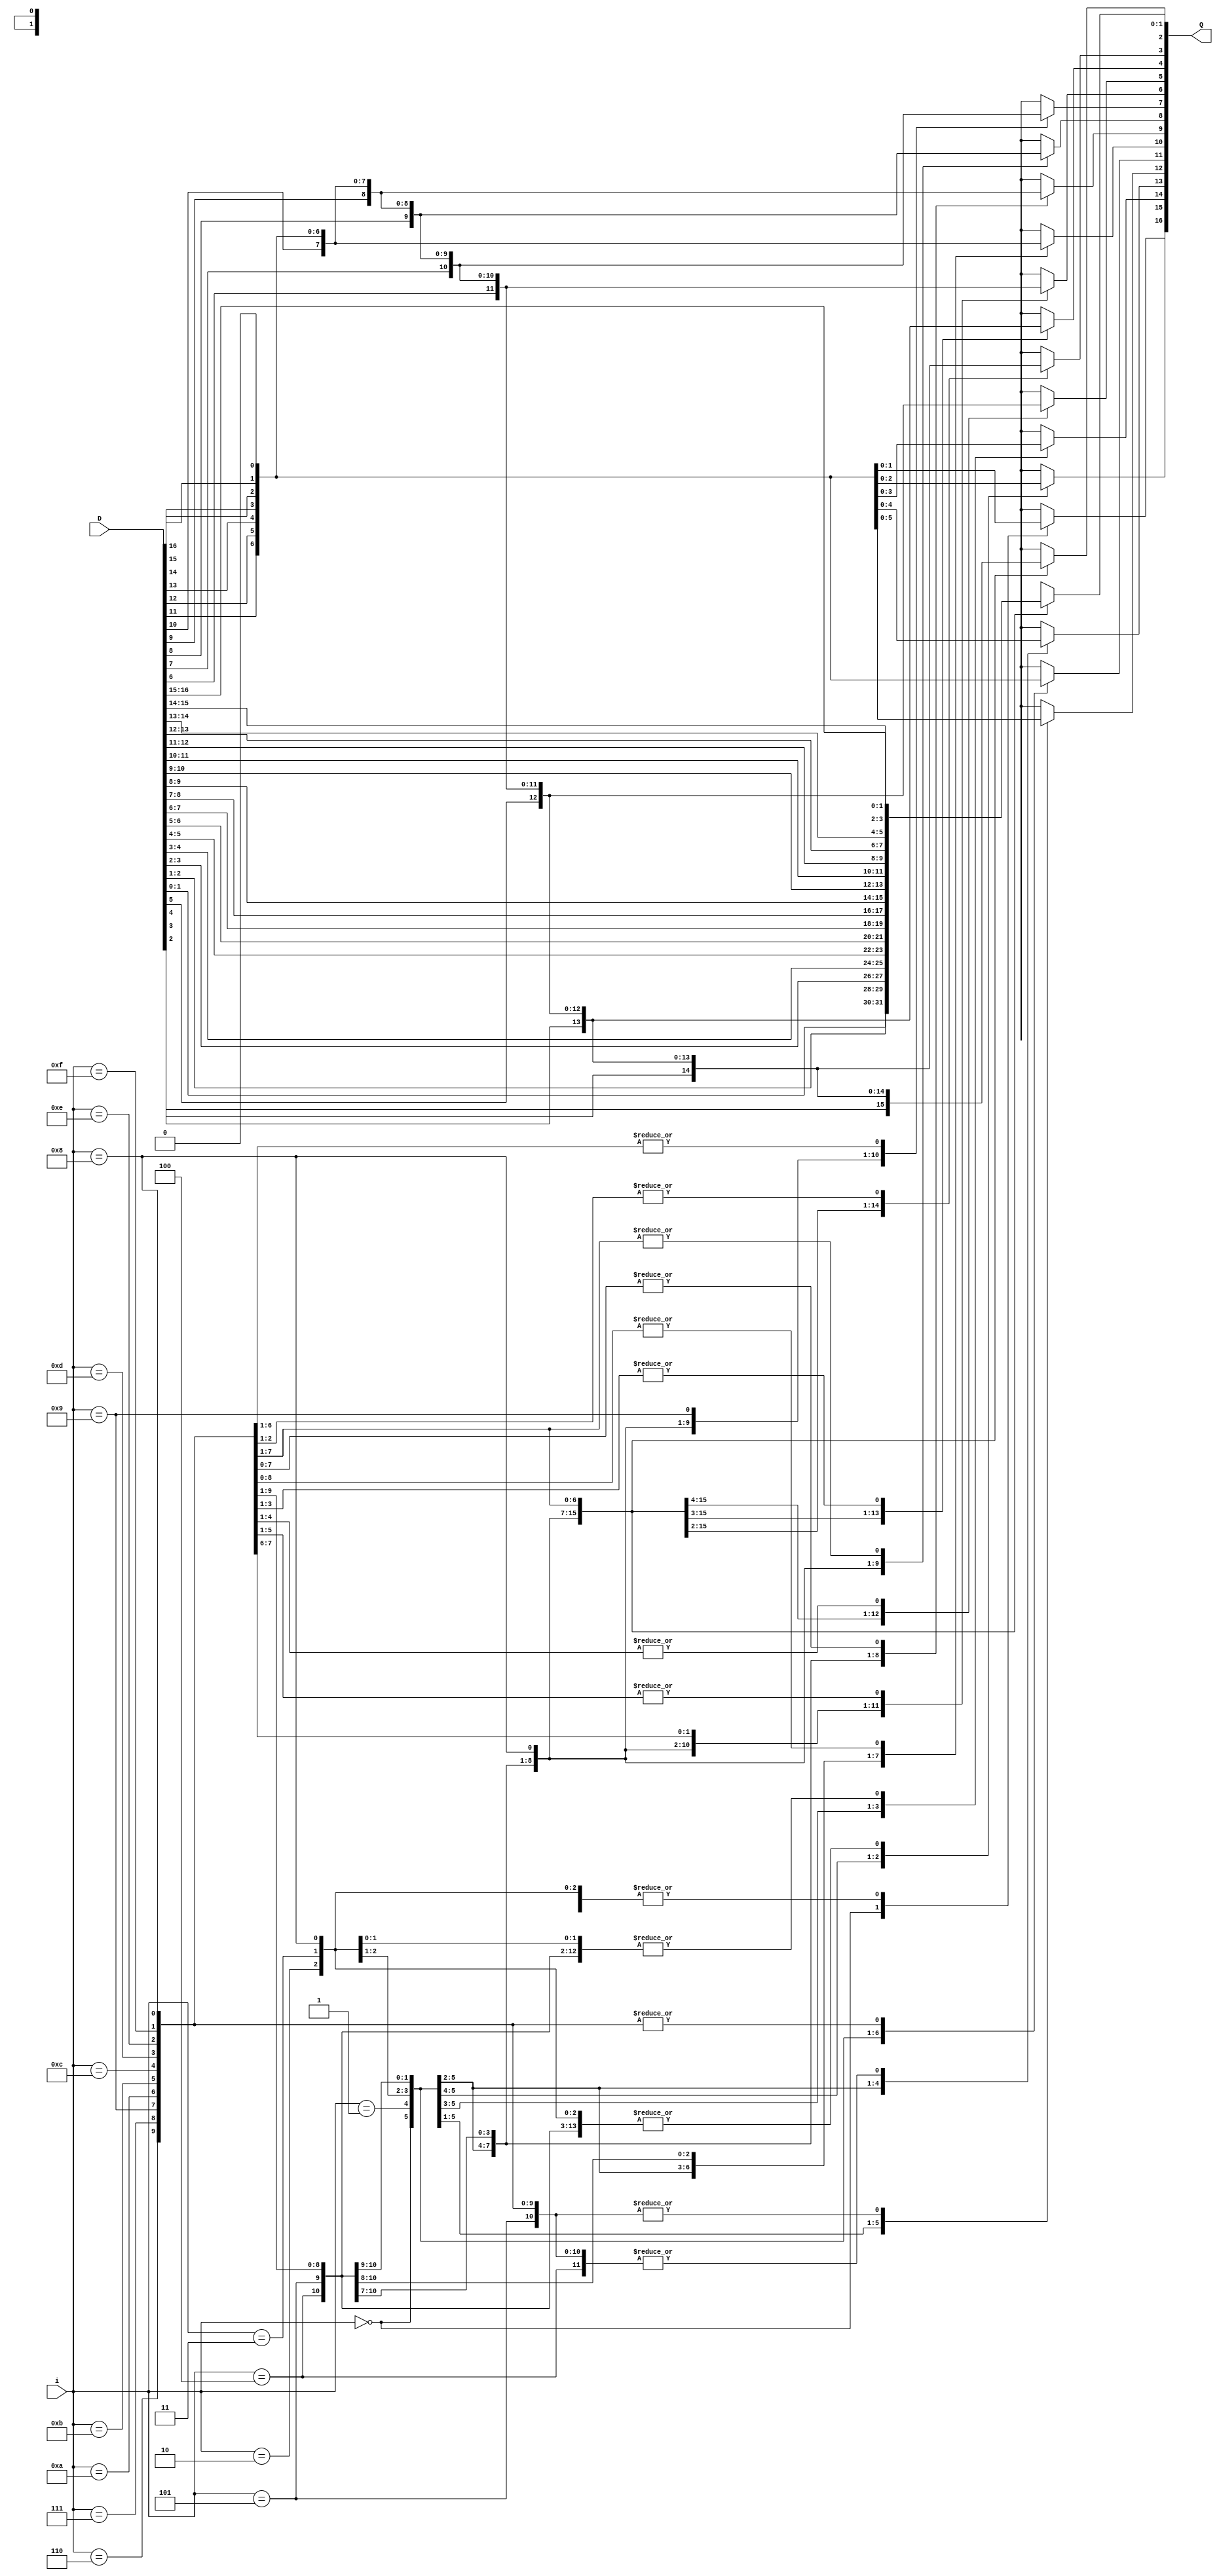
module signed_shifter ( i,
 D,
 Q);
input [4-1:0] i;
input [16:0] D;
output [16:0] Q;
reg    [16:0] Q;
  always @ (D or i) begin
    case (i)
      0: begin
        Q[16-0:0] = D[16: 0];
      end
      1: begin
        Q[16-1:0] = D[16: 1];
        Q[16:16-1+1] = 1'b0;
      end
      2: begin
        Q[16-2:0] = D[16: 2];
        Q[16:16-2+1] = 2'b0;
      end
      3: begin
        Q[16-3:0] = D[16: 3];
        Q[16:16-3+1] = 3'b0;
      end
      4: begin
        Q[16-4:0] = D[16: 4];
        Q[16:16-4+1] = 4'b0;
      end
      5: begin
        Q[16-5:0] = D[16: 5];
        Q[16:16-5+1] = 5'b0;
      end
      6: begin
        Q[16-6:0] = D[16: 6];
        Q[16:16-6+1] = 6'b0;
      end
      7: begin
        Q[16-7:0] = D[16: 7];
        Q[16:16-7+1] = 7'b0;
      end
      8: begin
        Q[16-8:0] = D[16: 8];
        Q[16:16-8+1] = 8'b0;
      end
      9: begin
        Q[16-9:0] = D[16: 9];
        Q[16:16-9+1] = 9'b0;
      end
      10: begin
        Q[16-10:0] = D[16:10];
        Q[16:16-10+1] = 10'b0;
      end
      11: begin
        Q[16-11:0] = D[16:11];
        Q[16:16-11+1] = 11'b0;
      end
      12: begin
        Q[16-12:0] = D[16:12];
        Q[16:16-12+1] = 12'b0;
      end
      13: begin
        Q[16-13:0] = D[16:13];
        Q[16:16-13+1] = 13'b0;
      end
      14: begin
        Q[16-14:0] = D[16:14];
        Q[16:16-14+1] = 14'b0;
      end
      15: begin
        Q[16-15:0] = D[16:15];
        Q[16:16-15+1] = 15'b0;
      end
    endcase
  end
endmodule